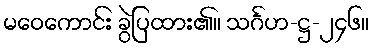
မဝေကောင်း ခွဲပြထား၏။ သင်္ဂဟ-ဋ္ဌ-၂၄၆။